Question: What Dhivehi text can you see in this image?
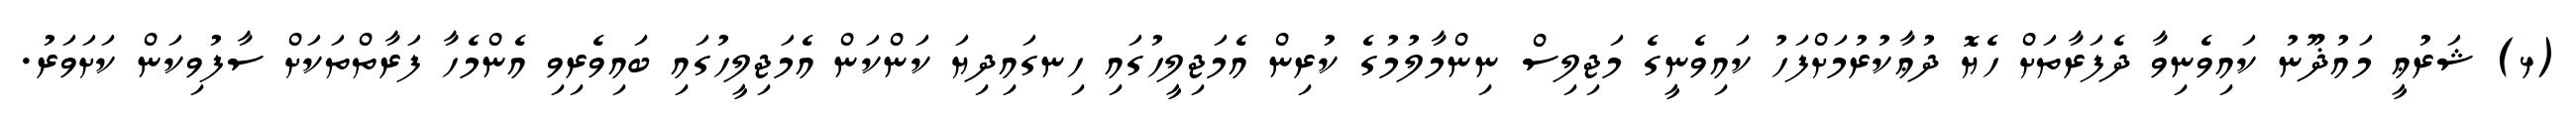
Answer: (ޅ) ޝަރުޢީ މައުޛޫނު ކައިވެނިވާ ދެފަރާތަށް ހެޔޮ ދުޢާކުރުމަށްފަހު ކައިވެނީގެ މަޖިލިސް ނިންމާލުމުގެ ކުރިން އެމަޖިލީހުގައި ހިނގައިދިޔަ ކަންކަން އެމަޖިލީހުގައި ބައިވެރިވި އެންމެހާ ފަރާތްތަކަށް ސާފުވިކަން ކަށަވަރު.